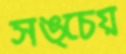
সঙ্চেয়